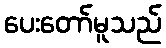
ပေးတော်မူသည်